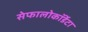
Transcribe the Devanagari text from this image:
सेफालोकॉर्डेटा